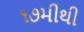
૧૭મીથી